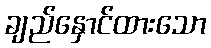
ချည်နှောင်ထားသော